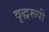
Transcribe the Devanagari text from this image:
वृद्धरूपी